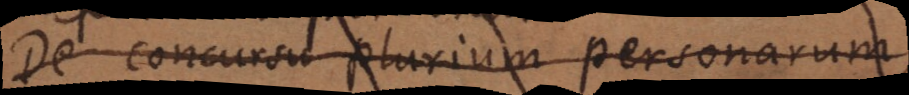
De concursu plurium personarum,